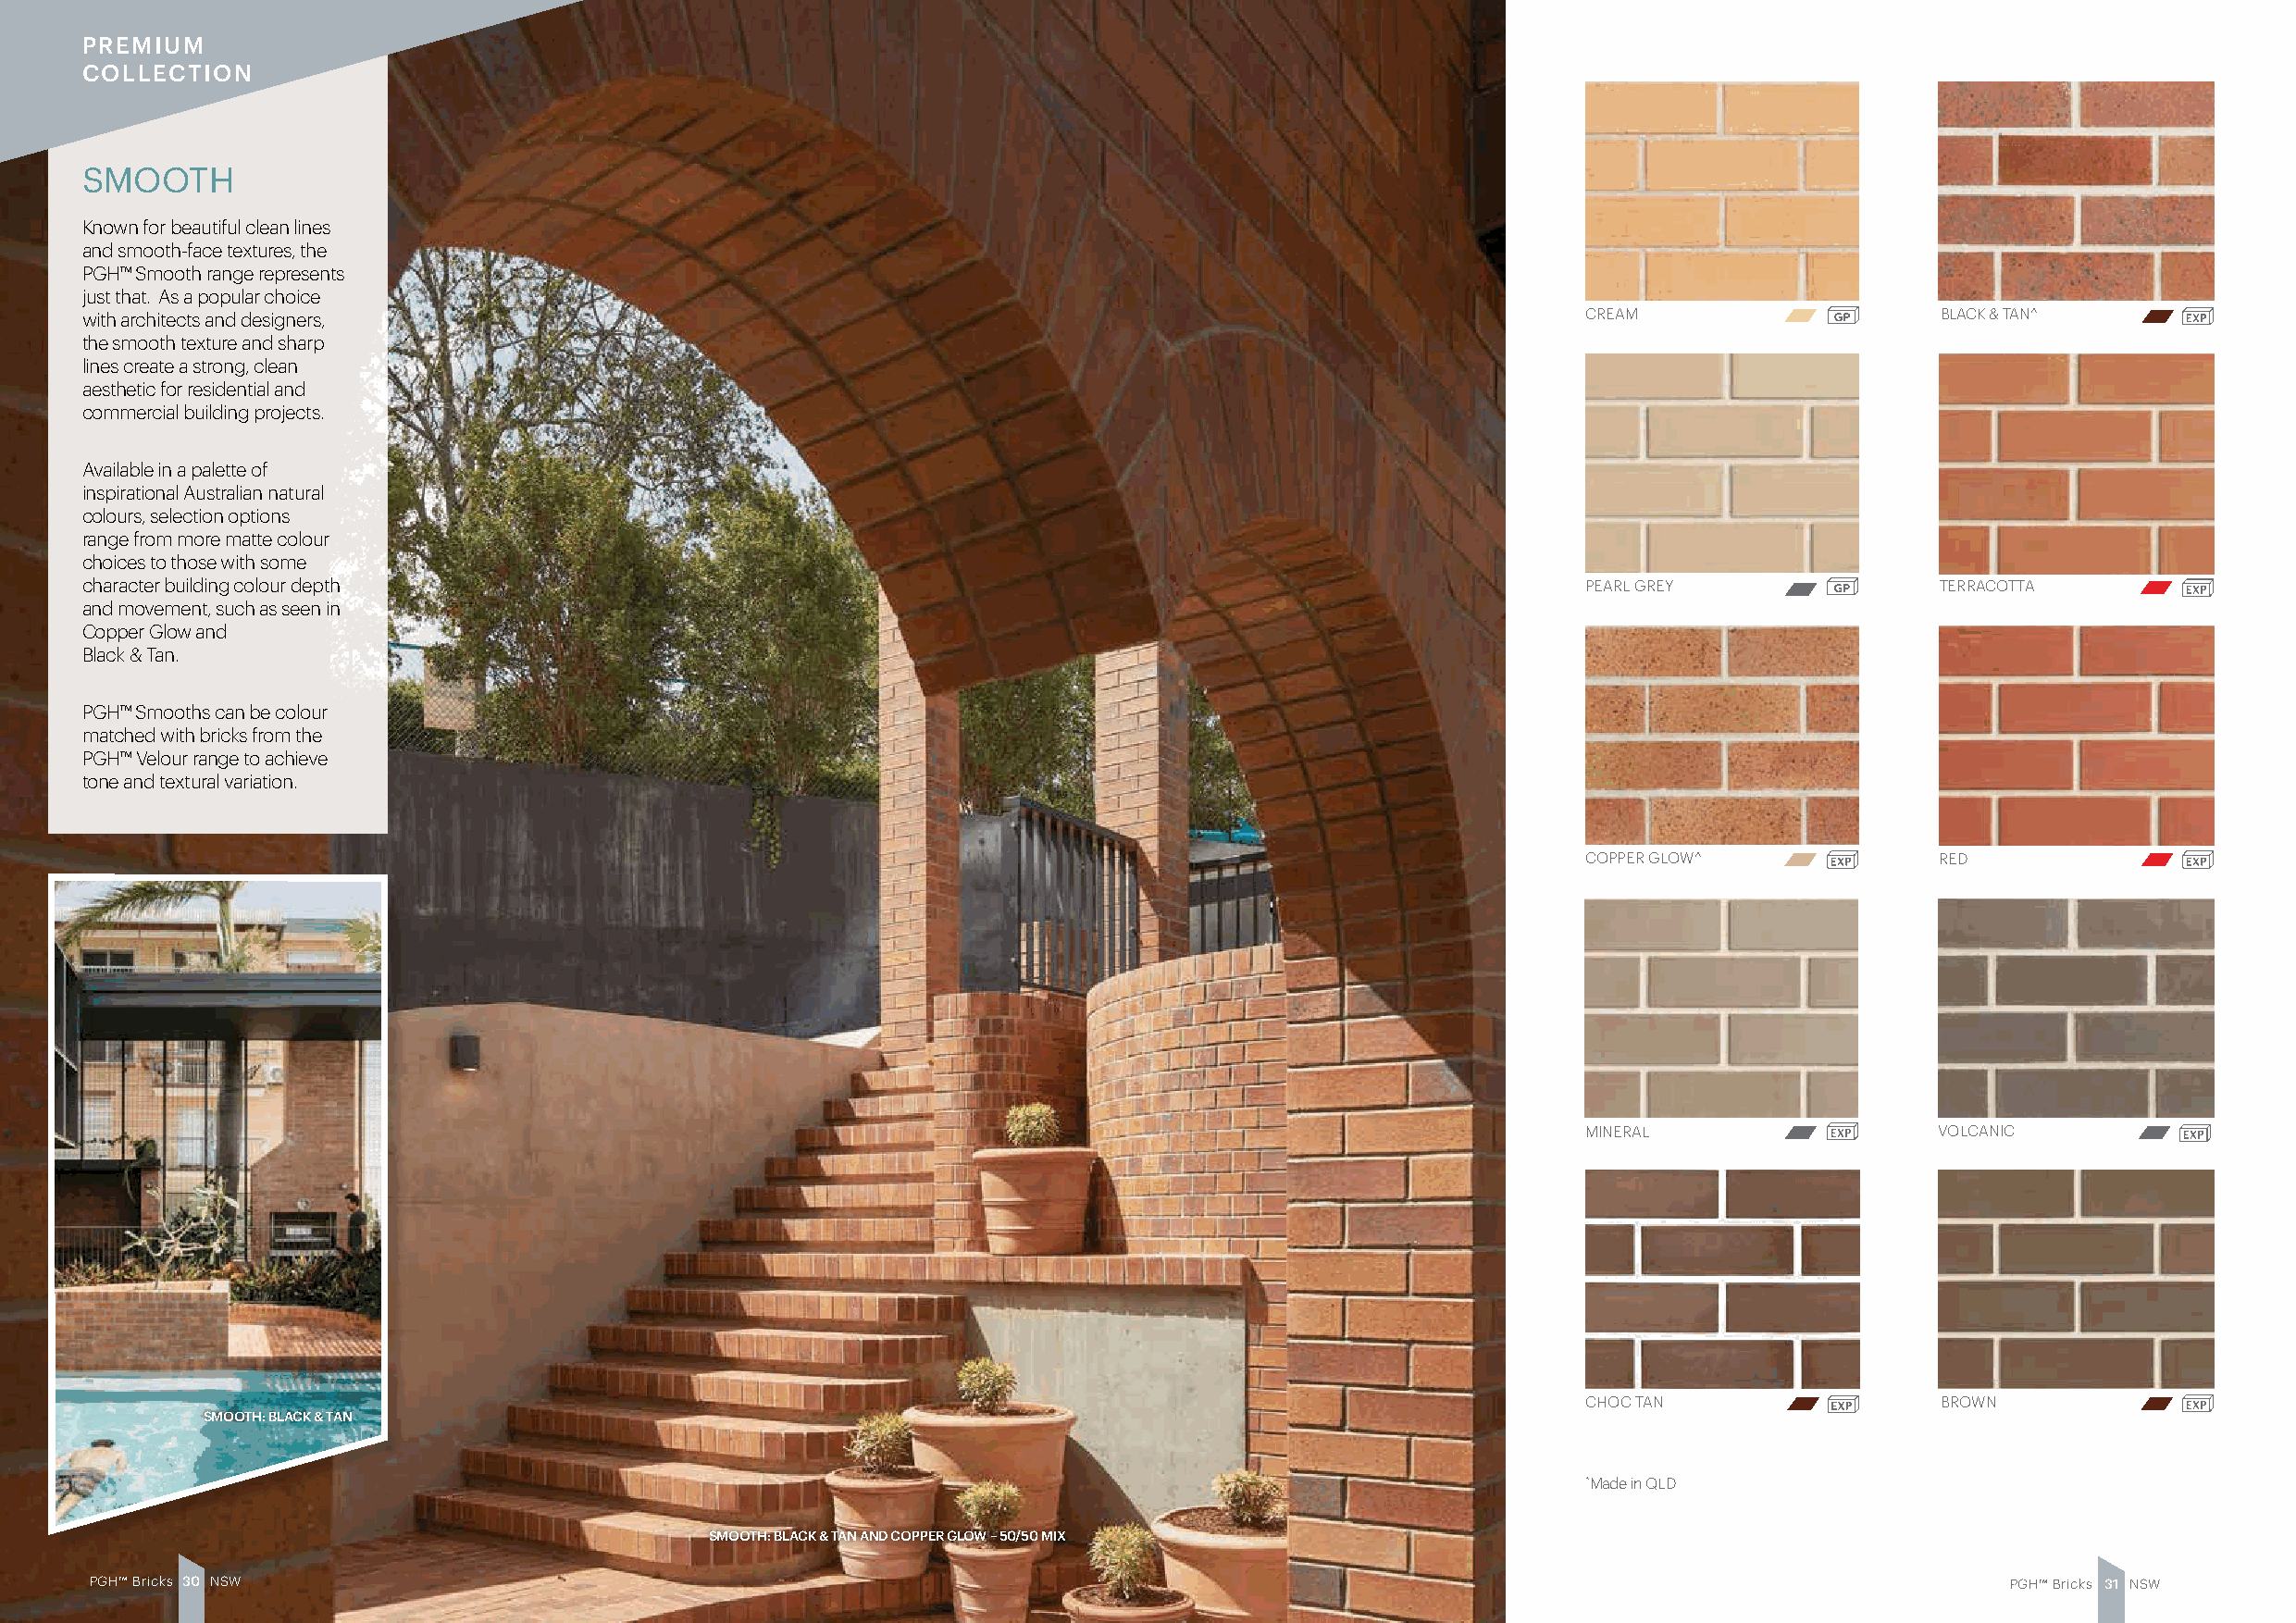
PREMIUM
 COLLECTION
 SMOOTH
 Known for beautiful clean lines
 and smooth-face textures, the
 PGH™ Smooth range represents
 just that. As a popular choice
 with architects and designers,                                                                             CREAM                     BLACK & TAN^
 the smooth texture and sharp
 lines create a strong, clean
 aesthetic for residential and
 commercial building projects.
 Available in a palette of
 inspirational Australian natural
 colours, selection options
 range from more matte colour
 choices to those with some
 character building colour depth                                                                            PEARL GREY                TERRACOTTA
 and movement, such as seen in
 Copper Glow and
 Black & Tan.
 PGH™ Smooths can be colour
 matched with bricks from the
 PGH™ Velour range to achieve
 tone and textural variation.
 COPPER GLOW^              RED
 MINERAL                   VOLCANIC
 CHOC TAN                  BROWN
 SMOOTH: BLACK & TAN
 ^Made in QLD
 SMOOTH: BLACK & TAN AND COPPER GLOW – 50/50 MIX
 PGH™ Bricks 3 0 NSW                                                                                                                       PGH™ Bricks 3 1 NSW